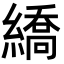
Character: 繑